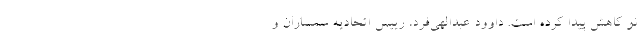
نو کاهش پیدا کرده است. داوود عبدالهی‌فرد، رییس اتحادیه‌ سمساران و